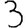
Digit: 3